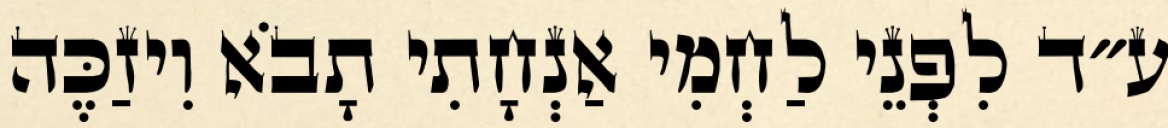
ע״ד לִפְנֵי לַחְמִי אַנְחָתִי תָבֹא וִיזַכֶּה